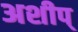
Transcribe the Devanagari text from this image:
अशीप्